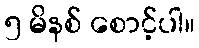
၅ မိနစ် စောင့်ပါ။